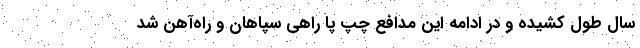
سال طول کشیده و در ادامه این مدافع چپ پا راهی سپاهان و راه‌آهن شد